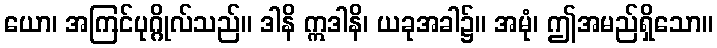
ယော၊ အကြင်ပုဂ္ဂိုလ်သည်။ ဒါနိ ဣဒါနိ၊ ယခုအခါ၌။ အမုံ၊ ဤအမည်ရှိသော။